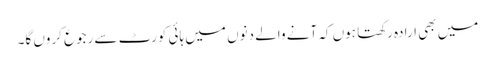
میں بھی ارادہ رکھتا ہوں کہ آنے والے دنوں میں ہائی کورٹ سے رجوع کروں گا۔